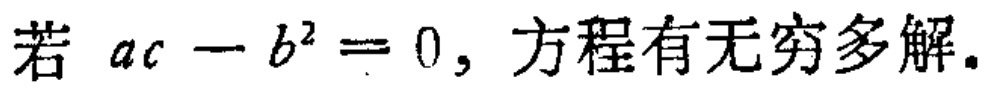
若 \(ac - b^{2} = 0\)，方程有无穷多解。